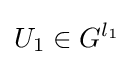
U_{1}\in G^{l_{1}}